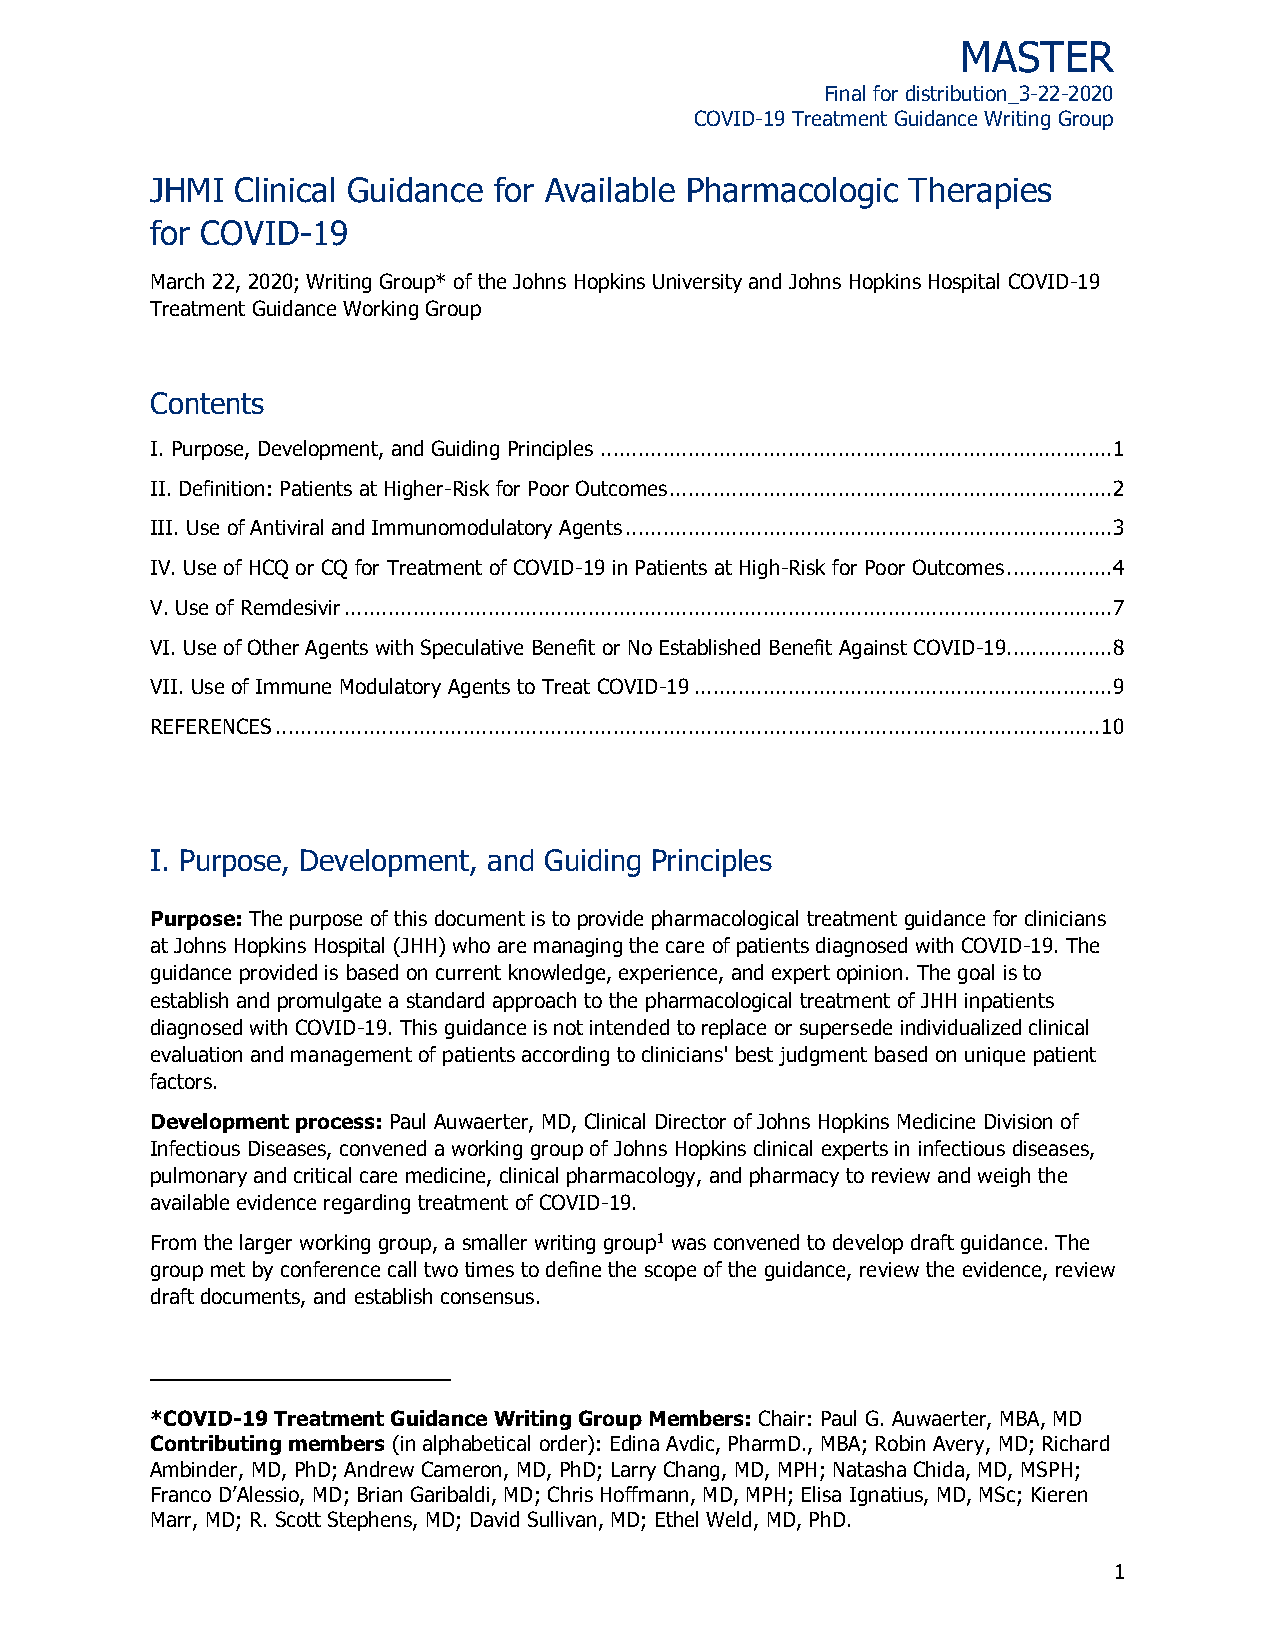
MASTER
 Final for distribution_3-22-2020
 COVID-19 Treatment Guidance Writing Group
 JHMI  Clinical Guidance for Available Pharmacologic Therapies
 for COVID-19
 March 22, 2020; Writing Group* of the Johns Hopkins University and Johns Hopkins Hospital COVID-19
 Treatment Guidance Working Group
 Contents
 I. Purpose, Development, and Guiding Principles .................................................................................. 1
 II. Definition: Patients at Higher-Risk for Poor Outcomes ....................................................................... 2
 III. Use of Antiviral and Immunomodulatory Agents .............................................................................. 3
 IV. Use of HCQ or CQ for Treatment of COVID-19 in Patients at High-Risk for Poor Outcomes ................. 4
 V. Use of Remdesivir ........................................................................................................................... 7
 VI. Use of Other Agents with Speculative Benefit or No Established Benefit Against COVID-19 ................. 8
 VII. Use of Immune Modulatory Agents to Treat COVID-19 ................................................................... 9
 REFERENCES .................................................................................................................................... 10
 I. Purpose, Development, and Guiding Principles
 Purpose: The purpose of this document is to provide pharmacological treatment guidance for clinicians
 at Johns Hopkins Hospital (JHH) who are managing the care of patients diagnosed with COVID-19. The
 guidance provided is based on current knowledge, experience, and expert opinion. The goal is to
 establish and promulgate a standard approach to the pharmacological treatment of JHH inpatients
 diagnosed with COVID-19. This guidance is not intended to replace or supersede individualized clinical
 evaluation and management of patients according to clinicians' best judgment based on unique patient
 factors.
 Development process: Paul Auwaerter, MD, Clinical Director of Johns Hopkins Medicine Division of
 Infectious Diseases, convened a working group of Johns Hopkins clinical experts in infectious diseases,
 pulmonary and critical care medicine, clinical pharmacology, and pharmacy to review and weigh the
 available evidence regarding treatment of COVID-19.
 From the larger working group, a smaller writing group1 was convened to develop draft guidance. The
 group met by conference call two times to define the scope of the guidance, review the evidence, review
 draft documents, and establish consensus.
 *COVID-19 Treatment Guidance Writing Group Members: Chair: Paul G. Auwaerter, MBA, MD
 Contributing members (in alphabetical order): Edina Avdic, PharmD., MBA; Robin Avery, MD; Richard
 Ambinder, MD, PhD; Andrew Cameron, MD, PhD; Larry Chang, MD, MPH; Natasha Chida, MD, MSPH;
 Franco D’Alessio, MD; Brian Garibaldi, MD; Chris Hoffmann, MD, MPH; Elisa Ignatius, MD, MSc; Kieren
 Marr, MD; R. Scott Stephens, MD; David Sullivan, MD; Ethel Weld, MD, PhD.
 1